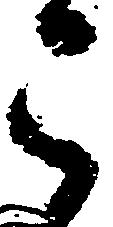
被